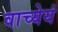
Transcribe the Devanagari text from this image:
वाच्येयं